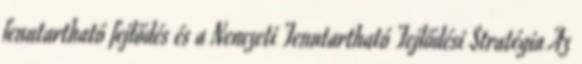
fenntartható fejlődés és a Nemzeti Fenntartható Fejlődési Stratégia Az